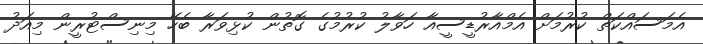
އެމަސައްކަތް ކުރުމަށް އެމްއާރުޑީސީއާ ހަވާލު ކުރުމުގެ ގޮތުން ކުޅިވަރާ ބެހޭ މިނިސްޓުރީން މިއަދު